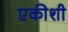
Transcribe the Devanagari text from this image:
एकीशी